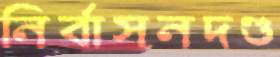
নির্বাসনদণ্ড